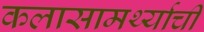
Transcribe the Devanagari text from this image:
कलासामर्थ्याची